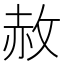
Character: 赦